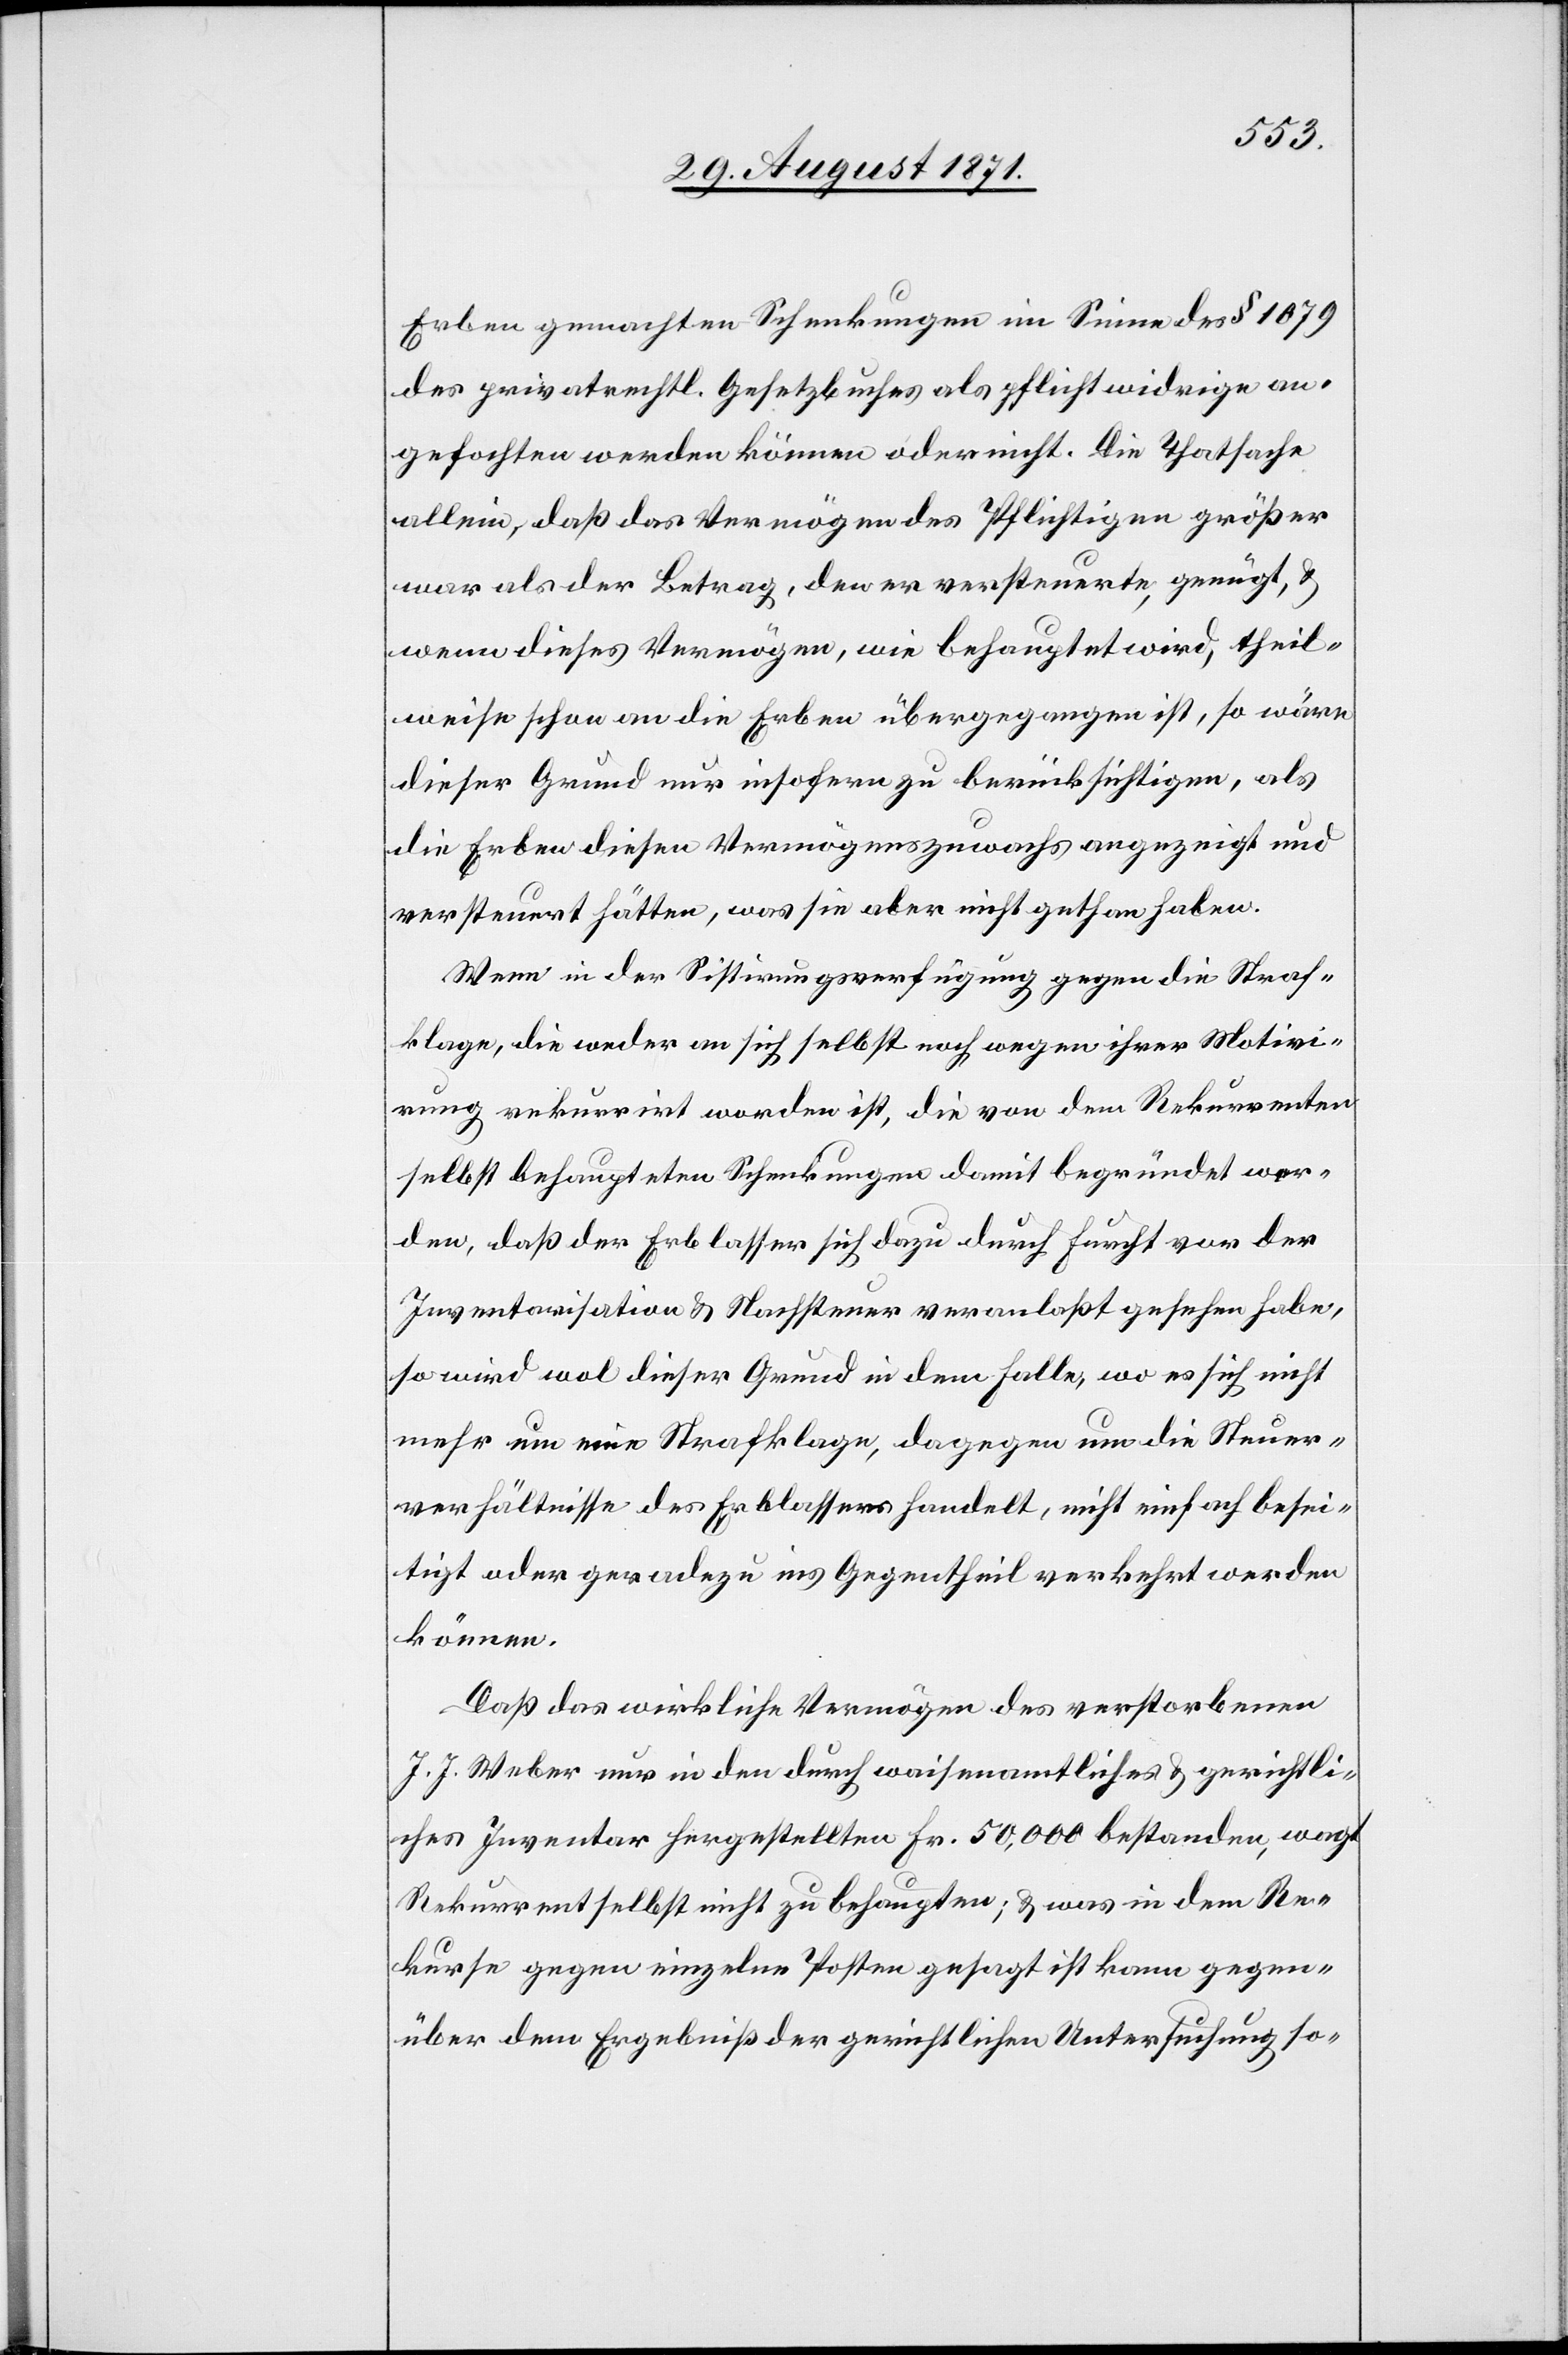
Erben gemachten Schenkungen im Sinne des § 1079
des privatrechtl. Gesetzbuches als pflichtwidrige an¬
gefochten werden können oder nicht. Die Thatsache
allein, daß das Vermögen des Pflichtigen größer
war als der Ertrag, den er versteuerte, genügt, &
wenn dieses Vermögen, wie behauptet wird, theil¬
weise schon an die Erben übergegangen ist, so wäre
dieser Grund nur insofern zu berücksichtigen, als
die Erben diesen Vermögenszuwachs angezeigt und
versteuert hätten, was sie aber nicht gethan haben.
Wenn in der Sisitirungsverfügung gegen die Straf¬
klage, die weder an sich selbst noch wegen ihrer Motivi¬
rung rekurrirt worden ist, die von dem Rekurrenten
selbst behaupteten Schenkungen damit begründet wer¬
den, daß der Erblasser sich dazu durch Furcht von der
Invenatarisation & Nachsteuer veranlaßt gesehen habe,
so wird wol dieser Grund in dem Fall, wo es sich nicht
mehr um eine Strafklage, dagegen um die Steuer¬
verhältnisse des Erblassers handelt, nicht einfach besei¬
tigt oder geradezu ins Gegentheil verkehrt werden
können.
Daß das wirkliche Vermögen des verstorbenen
J. J. Weber nur in den durch waisenamtliches & gerichtli¬
ches Inventar hergestellten Fr. 50,000 bestanden, wagt
Rekurrent selbst nicht zu behaupten; & was in dem Re¬
kurse gegen einzelne Posten gesagt ist kann gegen¬
über dem Ergebniß der gerichtlichen Untersuchung so-